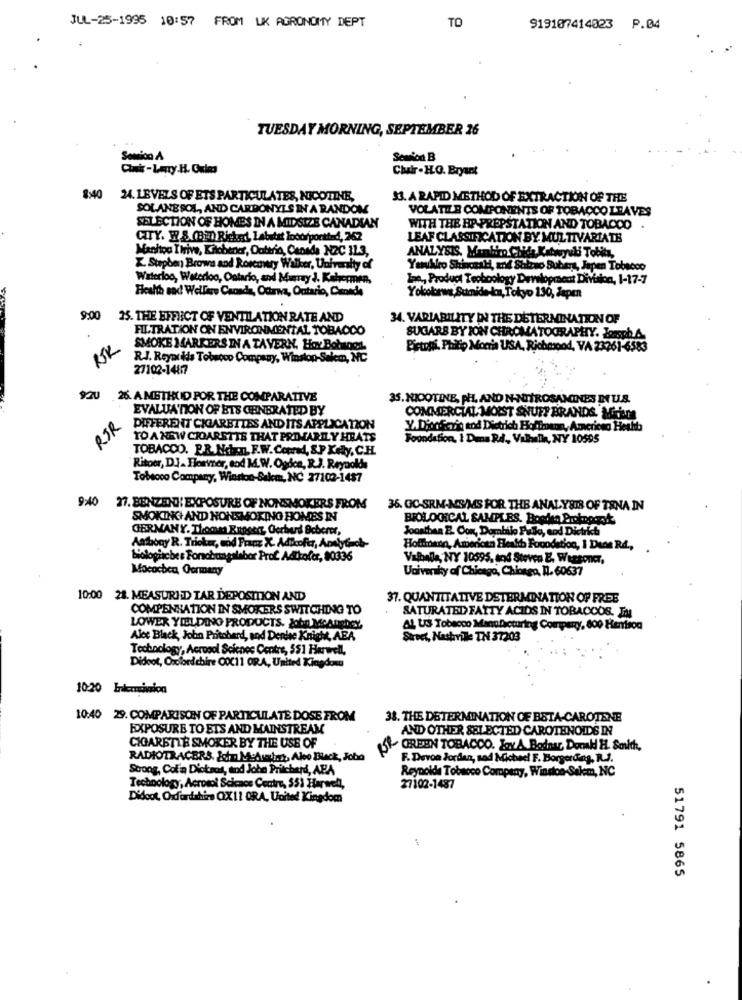
JUL-25-1995 10:57 FROM UK AGRONOMY DEPT
TO
919107414023 P.04
TUESDAY MORNING, SEPTEMBER 26
Somico A
Session B
Chair - HO. Bryant
8:40 24. LEVELS OF ETS PARTICULATES, NICOTINE,
33. A RAPID METHOD OF EXTRACTION OF THE
SOLANESCA ,, AND CARBONYLS IN A RANDOM
VOLATILE COMPONENTS OF TOBACCO LEAVES
SELECTION OF HOMES IN A MIDSIZE CANADIAN
WITH THE HP-PREPSTATION AND TOBACCO
CITY. W.S.(BEI) Riches, Labstet Incorportted, 262
LEAF CLASSIFICATION BY MULTIVARIATE
Manitou Ttive, Liebener, Datario, Canada NEC 11.3,
ANALYSIS. Manhino Chida Katwoyuli Tobits,
. Stephen Brows and Rosemary Walker, University of
Yarulleo Shinczski, and Shizuo Subert, Japan Tobacco
Waterloo, Waterloo, Ontario, and Manray J. Kahermen,
Las, Product Teobcology Development Division, 1-17-7
Health and Wellers Canada, Ottawa, Ontario, Canada
Yokokrwa Sumido kan, Tokyo 130, Japen
9:00
25. THE EFFECT OF VENTILATION RATE AND
34. VARIABILITY IN THE DETERMINATION OF
FILTRATION ON ENVIRONMENTAL TOBACCO
SUGARS BY JON CHROMATOGRAPHY. Joesph A.
SMOKE MARKERS IN A TAVERN. HOY Bohugod.
Bistoni, Philip Morris USA, Richmond, VA 23261-6583
R.J. Reynolds Tobetoo Company, Winston-Salem, NC
27102-14817
920 26. A METHUID POR THE COMPARATIVE
35. NICOTINE, PH, AND N-NITROSAMINES DT U.S.
EVALUATION OF BTS CHINERATED BY
RJR
COMMERCIAL MOIST SNUFF BRANDS. Min
DIFFERENT CIGARETTES AND ITS APPLICATION
Y.DicoSais and Dietrich Hoffmann, Americso Heshb
TO A NEW CROARSTIS THAT PRIMARILY HRATS
Foundation, I Dans Rd. Valhalla, NY 10595
TOBACCO. P.R.Nchn, F.W. Conrad, &.P Xely, C.H.
Ritoer, D.J. Flowvner, eod M.W. Ogdes, R.J. Reynolds
Tobacco Company, Winston-Salem, NC 27102-1437
9:40 27. BENZENH EXPOSURE OF NONSMOKERS FROM
36. GC-SRM-MS/MS FOR THE ANALYSIS OF TENA IN
SMOKING AND NONSMOKING HOMES IN
BIOLOGICAL SAMPLES. Bowlen Prokoprok
GERMANY. Thoma Rupees, Gerhard Scherer,
Jonathan E. Con, Dominio Pullo, and District
Anthony R. Trioker, cód Fracz X- Adicofer, AonlyGrob
Holfordn, American Health Foundation
oodation, I Dens RA .,
Biologisches Forschungalabor Prof Adthofer, 80336
Valhalla, NY 10595, and Steven E. Wessonker,
Mocochen, Germany
Univeraky of Chicago, Chionga, n. 60637
10:00 28. MEASURID TAR DEPOSITION AND
37. QUANTITATIVE DETERMINATION OF FREE
COMPENSATION IN SMOKERS SWITCHING TO
SATURATED FATTY ACIDS IN TOBACCOS. IN
LOWER YIELDING PRODUCTS. John McAneDeY
AL US Tobacco Manufacturing Company, 800 Hention
Alec Black, John Pritchard, and Denise Knight, AEA
Street, Nashville TN 37203
Technology, Aerosol Science Centre, 551 Harwell,
Didcot, Orclord chire COC11 ORA, United Kingdomn
10:20 Interminion
10:40 29. COMPARISON OF PARTICULATE DOSE FROM
38. THE DETERMINATION OF BETA-CAROTENE
EXPOSURE TO ETS AND MAINSTREAM
AND OTHER SELECTED CAROTENOIDS IN
CIGARETTE SMOKER BY THE USE OF
S& GREEN TOBACCO. JoYA Bodnar Domkd H. Smith,
RADIOTRACERS, John Medsaint, Aleo Black, Joba
F. Devoa Jordan, sod Michael F. Borgerdang, R.J.
Strong, Col'a Diotros, and John Pritchard, APA
Reynolds Tobacco Company, Winston-Salem, NC
Technology, Aerosol Selcace Centre, 55) Street,
27102-1487
Didoot, Oxfordshire CIX11 ORA, United Kingdom
1
51791 5865